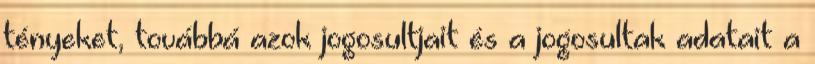
tényeket, továbbá azok jogosultjait és a jogosultak adatait a